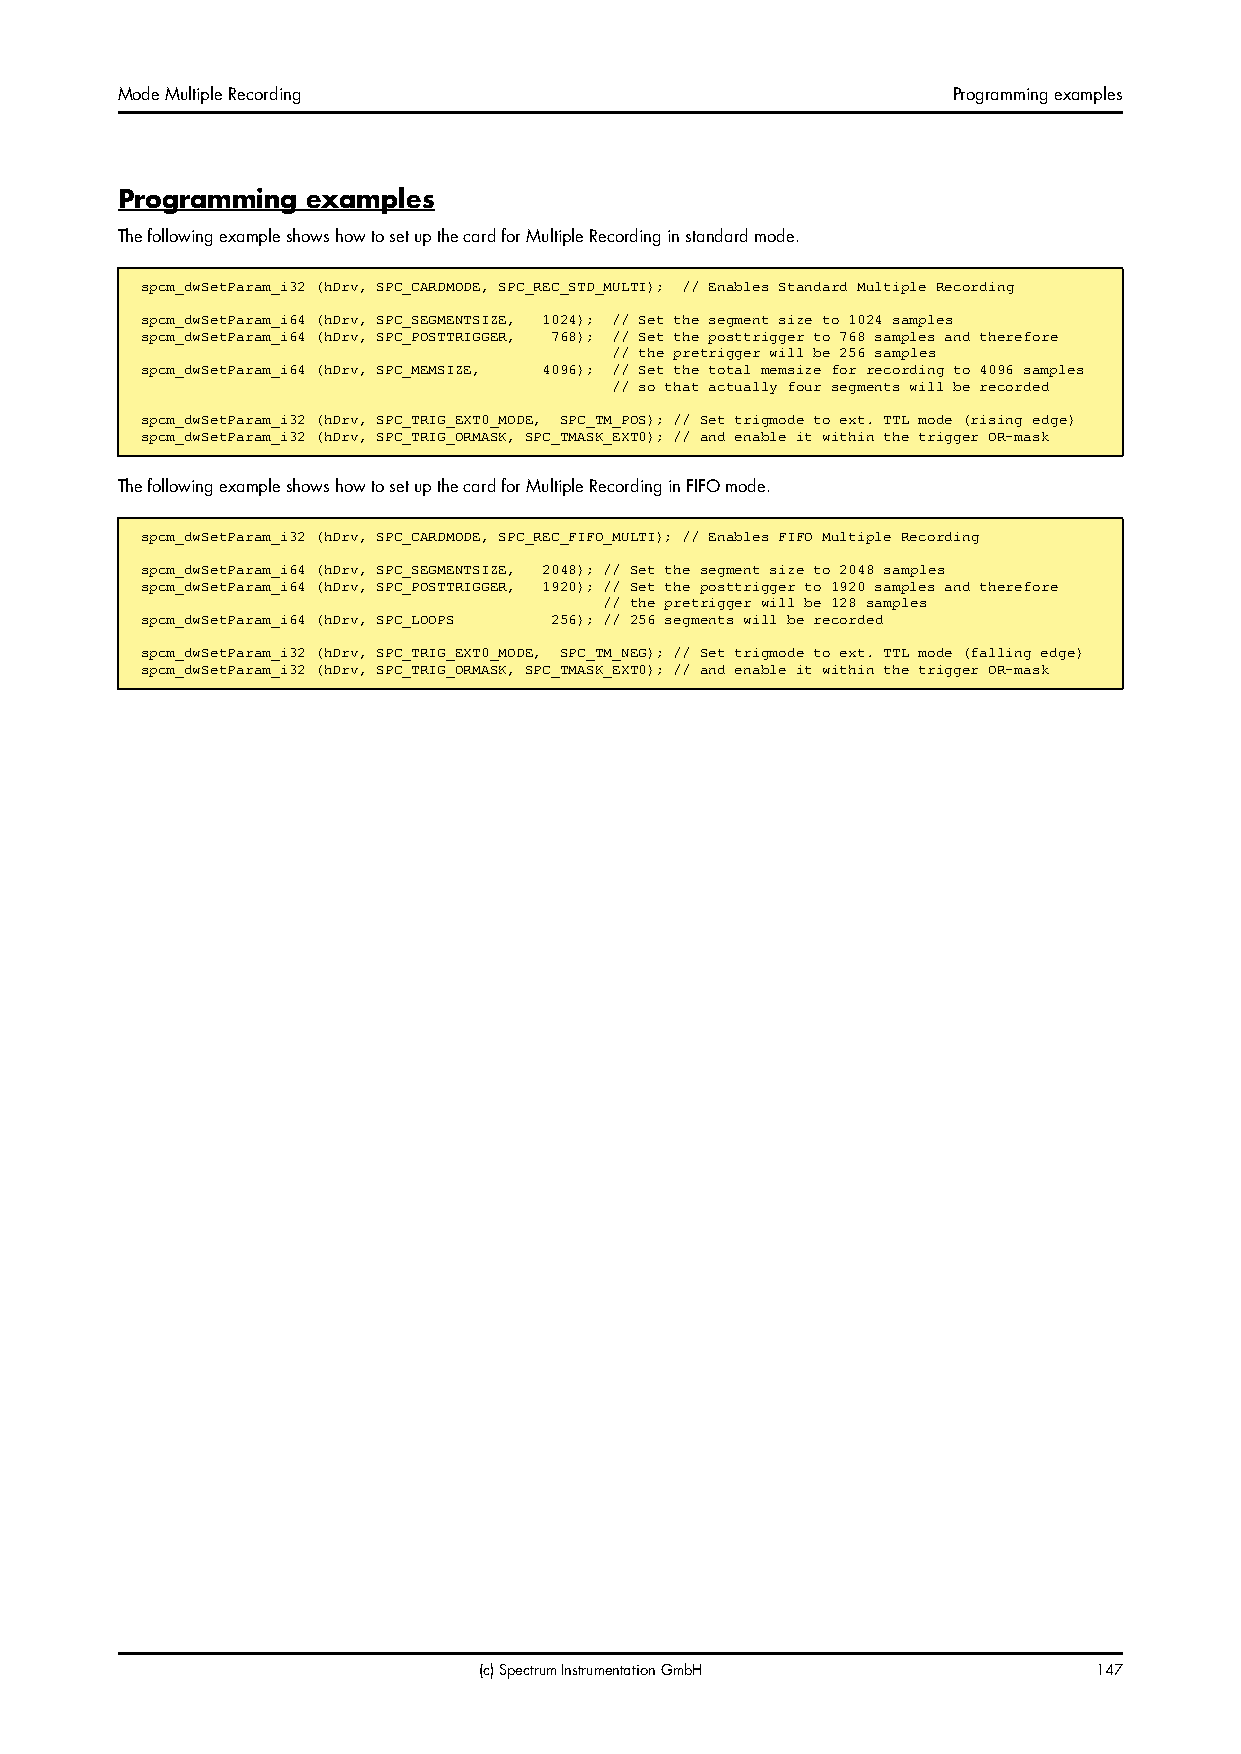
Mode Multiple Recording                                Programming examples
 Programming examples
 The following example shows how to set up the card for Multiple Recording in standard mode.
 spcm_dwSetParam_i32 (hDrv, SPC_CARDMODE, SPC_REC_STD_MULTI); // Enables Standard Multiple Recording
 spcm_dwSetParam_i64 (hDrv, SPC_SEGMENTSIZE, 1024); // Set the segment size to 1024 samples
 spcm_dwSetParam_i64 (hDrv, SPC_POSTTRIGGER, 768); // Set the posttrigger to 768 samples and therefore
 // the pretrigger will be 256 samples
 spcm_dwSetParam_i64 (hDrv, SPC_MEMSIZE, 4096); // Set the total memsize for recording to 4096 samples
 // so that actually four segments will be recorded
 spcm_dwSetParam_i32 (hDrv, SPC_TRIG_EXT0_MODE, SPC_TM_POS); // Set trigmode to ext. TTL mode (rising edge)
 spcm_dwSetParam_i32 (hDrv, SPC_TRIG_ORMASK, SPC_TMASK_EXT0); // and enable it within the trigger OR-mask
 The following example shows how to set up the card for Multiple Recording in FIFO mode.
 spcm_dwSetParam_i32 (hDrv, SPC_CARDMODE, SPC_REC_FIFO_MULTI); // Enables FIFO Multiple Recording
 spcm_dwSetParam_i64 (hDrv, SPC_SEGMENTSIZE, 2048); // Set the segment size to 2048 samples
 spcm_dwSetParam_i64 (hDrv, SPC_POSTTRIGGER, 1920); // Set the posttrigger to 1920 samples and therefore
 // the pretrigger will be 128 samples
 spcm_dwSetParam_i64 (hDrv, SPC_LOOPS 256); // 256 segments will be recorded
 spcm_dwSetParam_i32 (hDrv, SPC_TRIG_EXT0_MODE, SPC_TM_NEG); // Set trigmode to ext. TTL mode (falling edge)
 spcm_dwSetParam_i32 (hDrv, SPC_TRIG_ORMASK, SPC_TMASK_EXT0); // and enable it within the trigger OR-mask
 (c) Spectrum Instrumentation GmbH       147